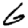
Digit: 6